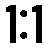
1:1